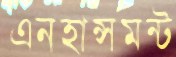
এনহান্সমন্ট